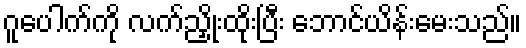
ဂူပေါက်ကို လက်ညှိုးထိုးပြီး ဘောင်ယိန်းမေးသည်။